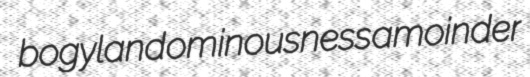
bogyland ominousness amoinder